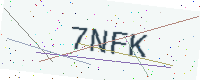
Text: 7NFK